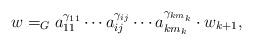
LaTeX: \begin{align*}w=_{G} a_{11}^{\gamma_{11}}\cdots a_{ij}^{\gamma_{ij}}\cdots a_{km_k}^{\gamma_{km_k}}\cdot w_{k+1},\end{align*}